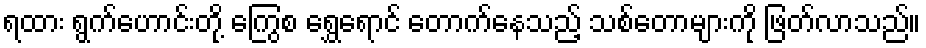
ရထား ရွက်ဟောင်းတို့ ကြွေစ ရွှေရောင် တောက်နေသည့် သစ်တောများကို ဖြတ်လာသည်။